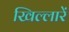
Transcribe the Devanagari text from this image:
खिल्लारें